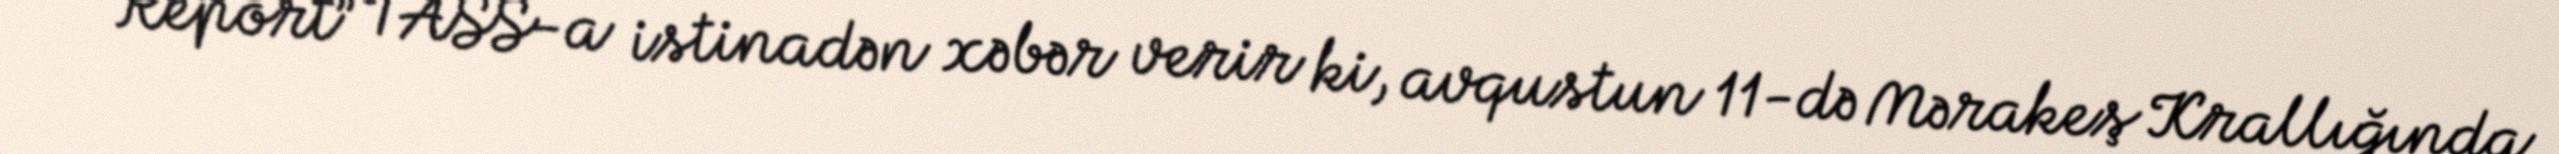
“Report” TASS-a istinadən xəbər verir ki, avqustun 11-də Mərakeş Krallığında